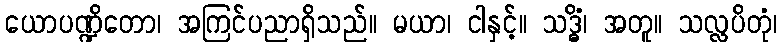
ယောပဏ္ဍိတော၊ အကြင်ပညာရှိသည်။ မယာ၊ ငါနှင့်။ သဒ္ဓိံ၊ အတူ။ သလ္လပိတုံ၊